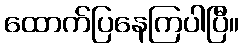
ထောက်ပြနေကြပါပြီ။